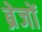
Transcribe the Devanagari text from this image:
ब्रेजों